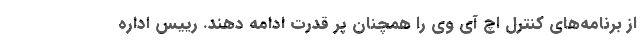
از برنامه‌های کنترل اچ آی وی را همچنان پر قدرت ادامه دهند. رییس اداره